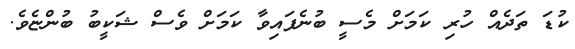
ކުޑަ ތަދެއް ހުރި ކަމަށް މެސީ ބުނެފައިވާ ކަމަށް ވެސް ޝަކީބު ބުންޏެވެ.